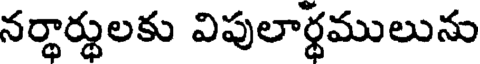
నర్థార్థులకు విపులార్థములును